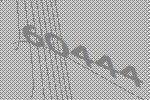
60444